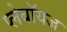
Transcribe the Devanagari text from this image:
प्लेबॉयज